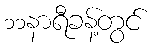
၁၁နာရီခန့်တွင်